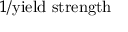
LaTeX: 1 / { \mathrm { y i e l d ~ s t r e n g t h } }